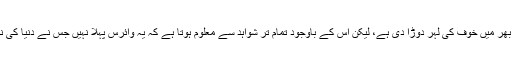
کرونا وائرس نے دنیا بھر میں خوف کی لہر دوڑا دی ہے، لیکن اس کے باوجود تمام تر شواہد سے معلوم ہوتا ہے کہ یہ وائرس پہلا نہیں جس نے دنیا کی نیندیں حرام کر دی ہیں۔